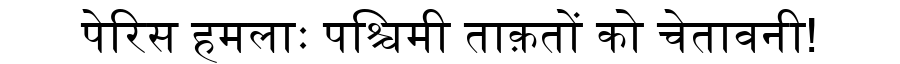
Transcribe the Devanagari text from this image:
पेरिस हमलाः पश्चिमी ताक़तों को चेतावनी!